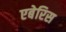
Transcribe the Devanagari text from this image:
एबेरिस